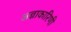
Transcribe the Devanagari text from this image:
अज्ञाकारिणी